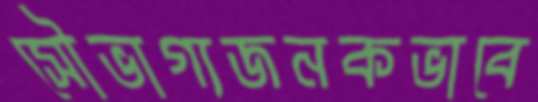
সৌভাগ্যজনকভাবে